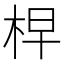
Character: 𣑬